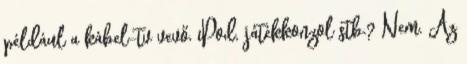
például a kábel-tv vevő, iPod, játékkonzol stb.? Nem. Az